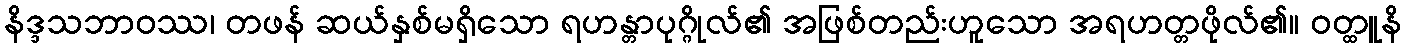
နိဒ္ဒသဘာဝဿ၊ တဖန် ဆယ်နှစ်မရှိသော ရဟန္တာပုဂ္ဂိုလ်၏ အဖြစ်တည်းဟူသော အရဟတ္တဖိုလ်၏။ ဝတ္ထူနိ